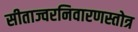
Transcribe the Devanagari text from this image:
सीताज्वरनिवारणस्तोत्र